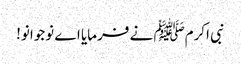
نبی اکرمﷺ نے فرمایا اے نوجوانو!